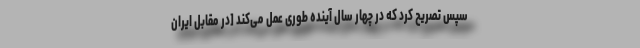
سپس تصریح کرد که در چهار سال آینده طوری عمل می‌کند [در مقابل ایران